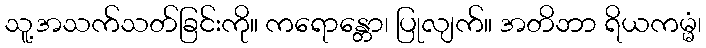
သူ့အသက်သတ်ခြင်းကို။ ကရောန္တော၊ ပြုလျက်။ အတိဘာ ရိယကမ္မံ၊